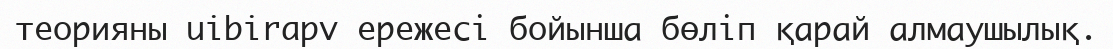
теорияны uibirapv ережесі бойынша бөліп қарай алмаушылық.